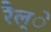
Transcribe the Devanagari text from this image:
रैल्े